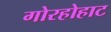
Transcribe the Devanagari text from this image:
गोरहोहाट